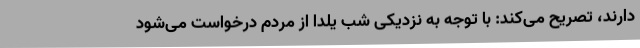
دارند، تصریح می‌کند: با توجه به نزدیکی شب یلدا از مردم درخواست می‌شود